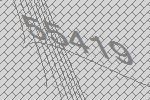
55419